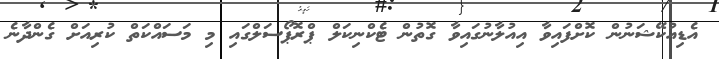
އެޑިއުކޭޝަނުން ކޮށްފައިވާ އިއުލާނުގައިވާ ގޮތުން ޓެކްނިކަލް ޕްރޮޕޯސަލްގައި މި މަސައްކަތް ކުރިއަށް ގެންދާނެ